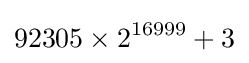
92305\times 2^{16999}+3